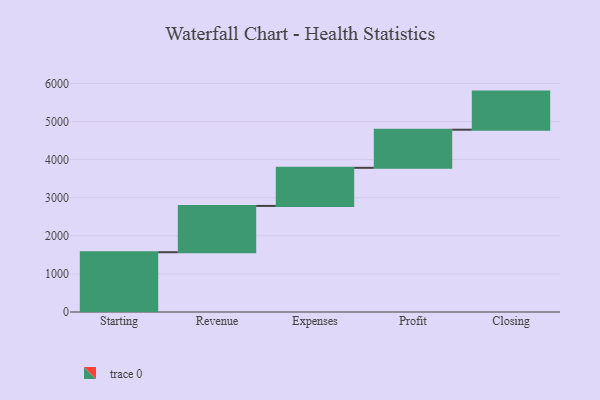
{"axis": {"x": "Step", "y": "Value"}, "legend": [""], "data": [{"x": "Starting", "y": 1569.0, "type": ""}, {"x": "Revenue", "y": 1215.0, "type": ""}, {"x": "Expenses", "y": 1000, "type": ""}, {"x": "Profit", "y": 1000, "type": ""}, {"x": "Closing", "y": 1000, "type": ""}]}